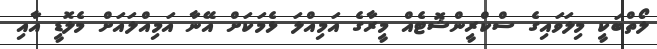
ލޯތްބަކީ މިލަވައިގެ ސްކްރީންޝޮޓެއް މީރާގެ އަމިއްލަ ޅެމަކަށް އޭނާ އަމިއްލައަށް މެލޮޑީ އާއި